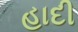
હાદી